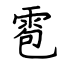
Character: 雹